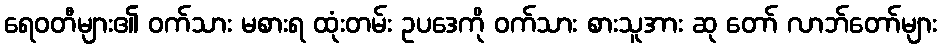
ရေဝတီများ၏ ဝက်သား မစားရ ထုံးတမ်း ဥပဒေကို ဝက်သား စားသူအား ဆု တော် လာဘ်တော်များ